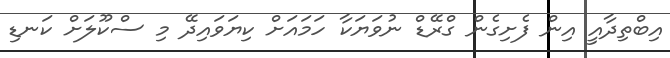
އިބްތިދާއީ އިން ފެށިގެން ގްރޭޑް ނުވަޔަކާ ހަމައަށް ކިޔަވައިދޭ މި ސްކޫލަށް ކަނޑި